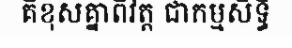
គឺខុសគ្នាពីវត្ត ជាកម្មសិទ្ធិ